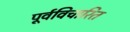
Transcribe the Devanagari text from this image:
पूर्वविचारित